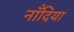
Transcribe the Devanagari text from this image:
नाँदिया